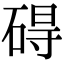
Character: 碍